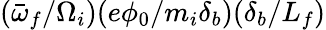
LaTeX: (\bar{\omega}_{f}/\Omega_{i})(e\phi_{0}/m_{i}\delta_{b})(\delta_{b}/L_{f})